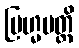
ဗြဟ္မပတ္တိ